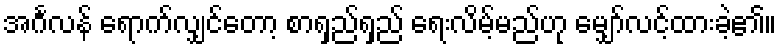
အင်္ဂလန် ရောက်လျှင်တော့ စာရှည်ရှည် ရေးလိမ့်မည်ဟု မျှော်လင့်ထားခဲ့၏။